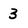
Character: 3